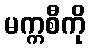
မက္ကစီကို